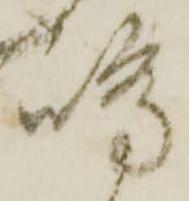
嶋